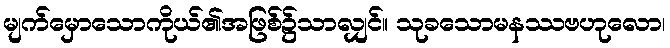
မျက်မှောသောကိုယ်၏အဖြစ်၌သာလျှင်။ သုခသောမနဿဗဟုလော၊